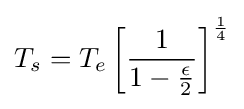
T_{s}=T_{e}\left[{\frac {1}{1-{\epsilon  \over 2}}}\right]^{\frac {1}{4}}